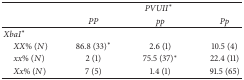
<table><thead><tr><td><b> </b></td><td colspan="3"><b><i>PVUII</i>*</b></td></tr><tr><td><b> </b></td><td><b><i>PP</i></b></td><td><b><i>pp</i></b></td><td><b><i>Pp</i></b></td></tr></thead><tbody><tr><td><i>XbaI</i>*</td><td> </td><td> </td><td> </td></tr><tr><td> <i>XX</i>% (<i>N</i>)</td><td>86.8 (33)*</td><td>2.6 (1)</td><td>10.5 (4)</td></tr><tr><td> <i>xx</i>% (<i>N</i>)</td><td>2 (1)</td><td>75.5 (37)*</td><td>22.4 (11)</td></tr><tr><td> <i>Xx</i>% (<i>N</i>)</td><td>7 (5)</td><td>1.4 (1)</td><td>91.5 (65)</td></tr></tbody></table>